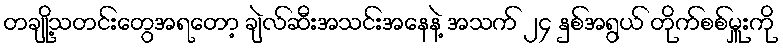
တချို့သတင်းတွေအရတော့ ချဲလ်ဆီးအသင်းအနေနဲ့ အသက် ၂၄ နှစ်အရွယ် တိုက်စစ်မှူးကို